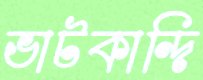
ভাটকান্দি